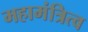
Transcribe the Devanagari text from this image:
महामंत्रित्व